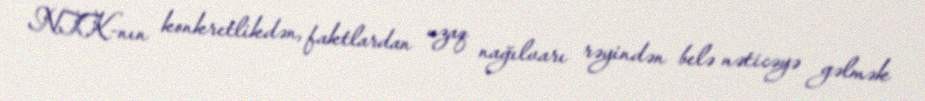
NTK-nın konkretlikdən, faktlardan uzaq nağılvarı rəyindən belə nəticəyə gəlmək